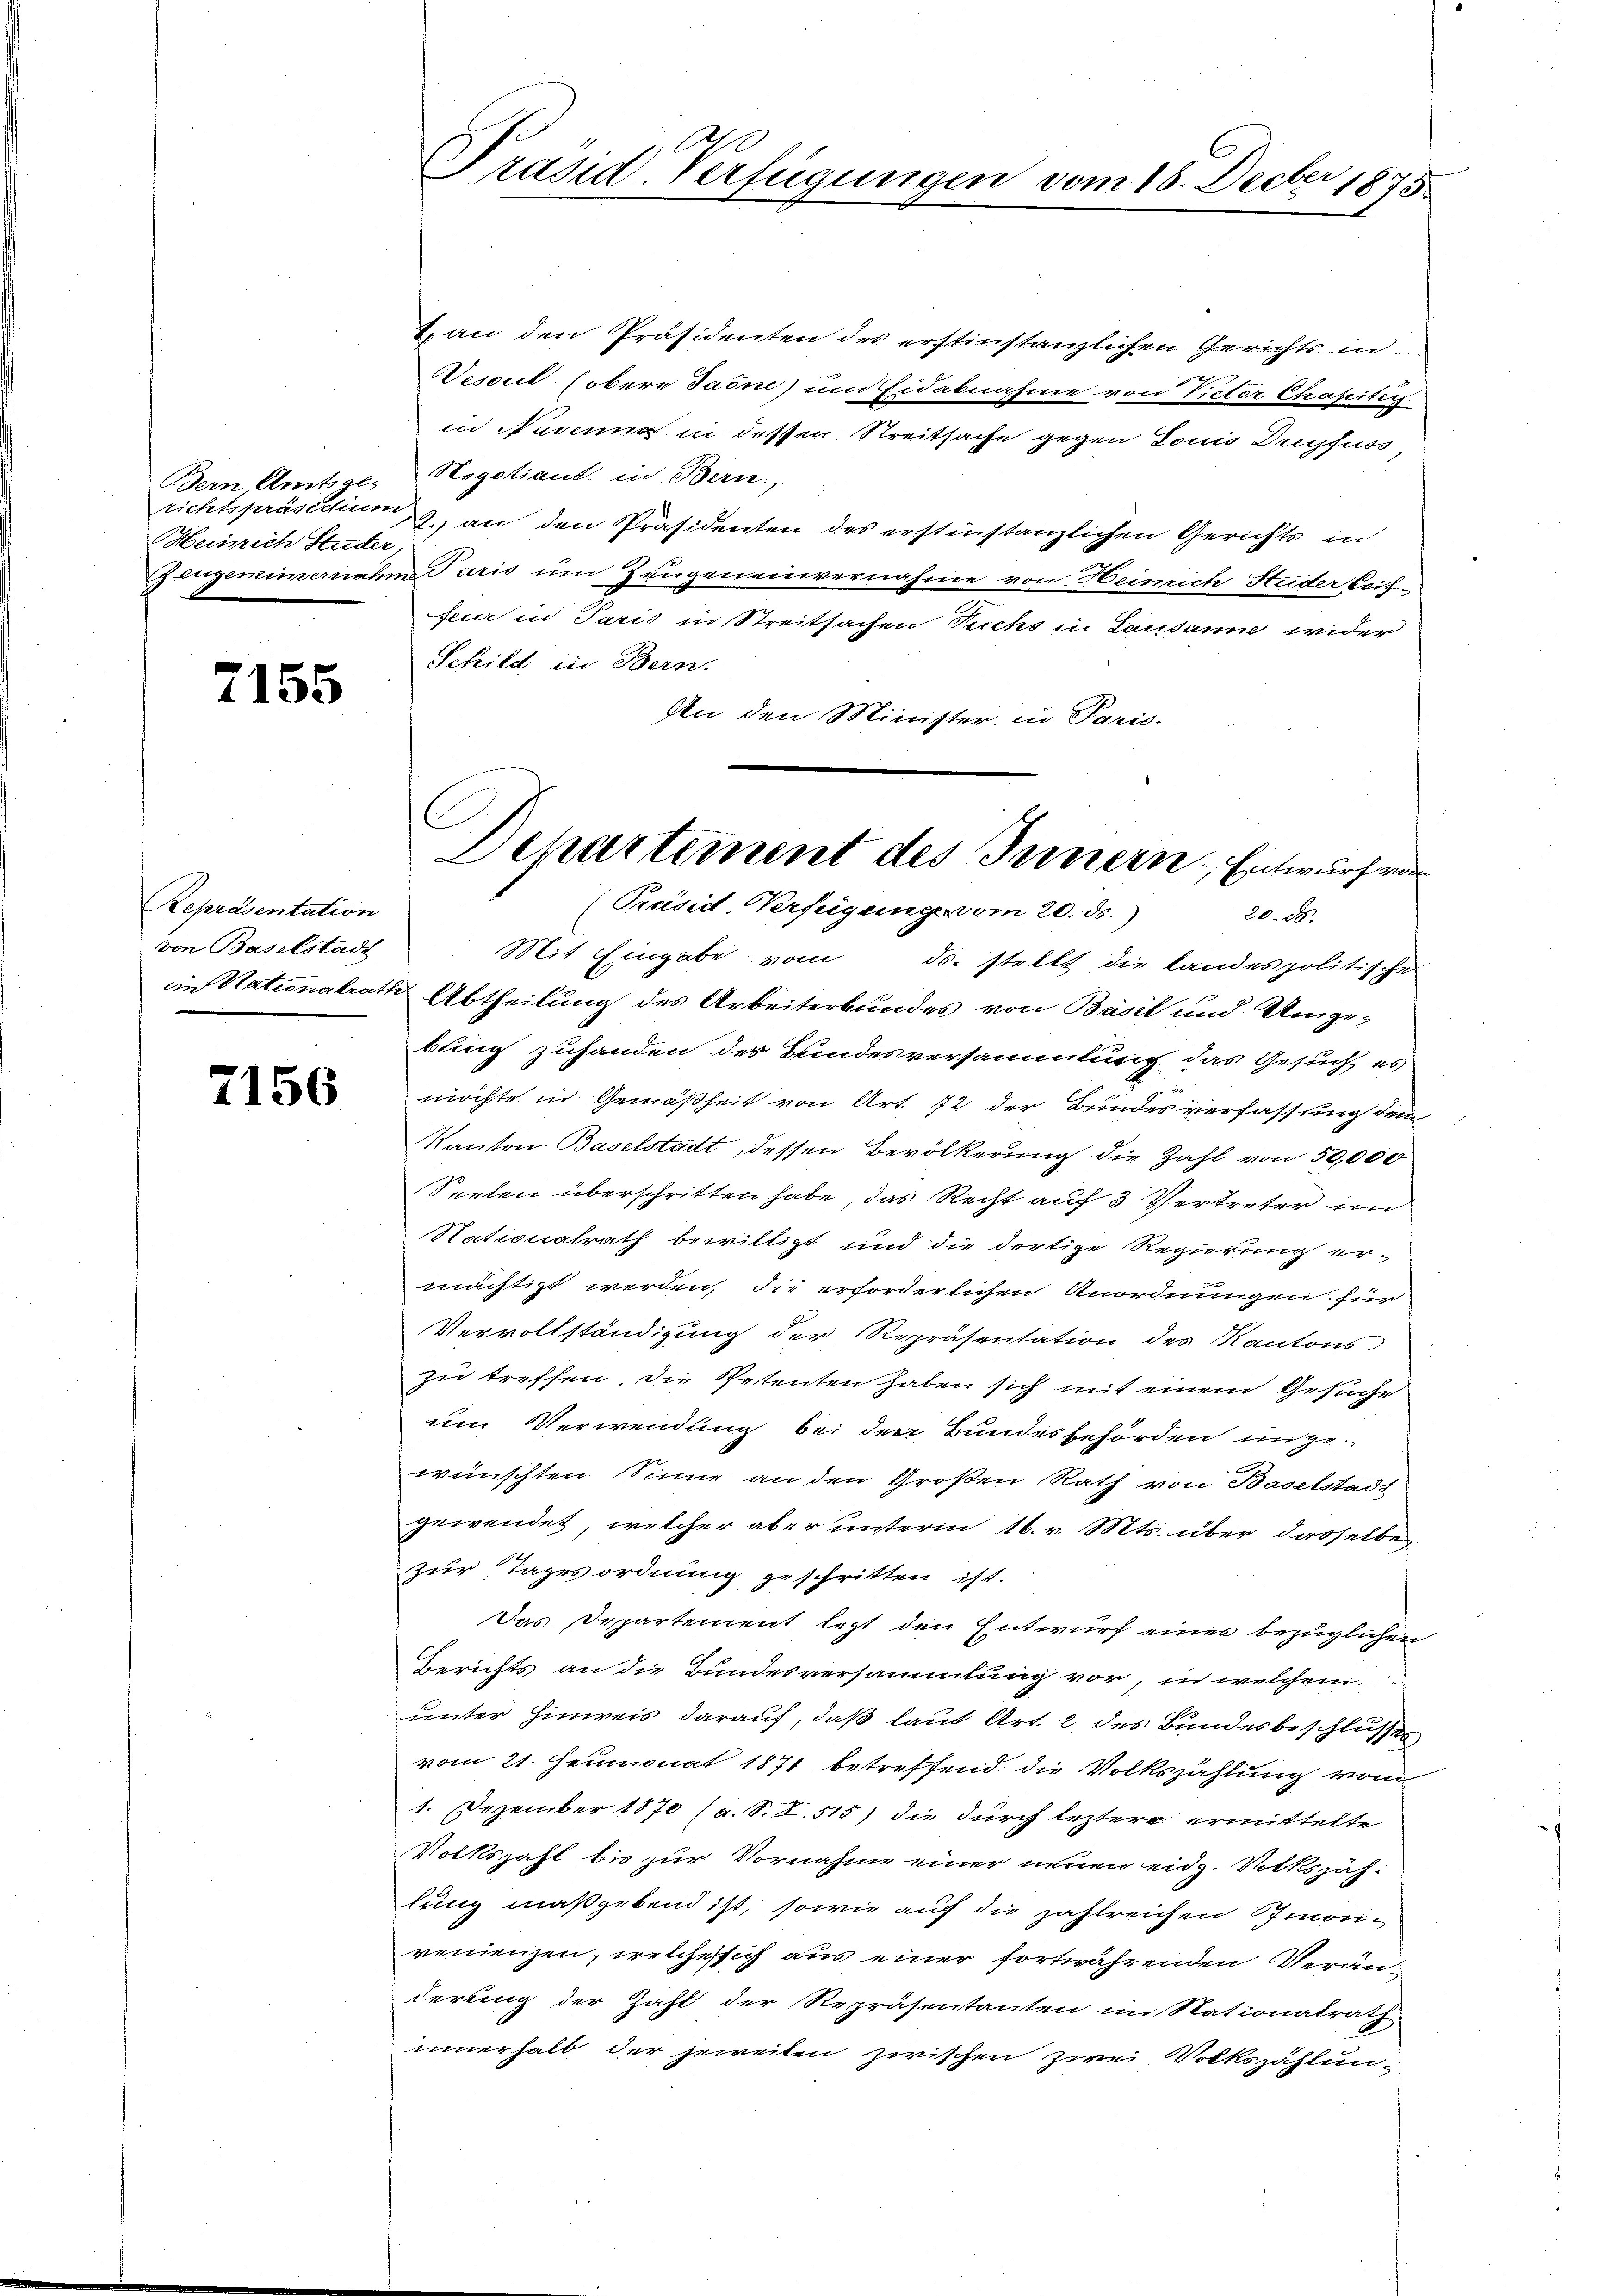
Bern, Amtsge-
richtspräsithum
Meinrich Studer,

7155

Repräsentation
von Baselstadt

7156

Präsid-Verfügungen vom 15. Decber 1875

2. an den Präsidenten des erstinstanzlichen Gerichts in
Vesent (obere Jasni) um Eidabnahme von Victor Chapitig
in Navenne in dessen Streitsache gegen Louis Dreyfuss,
Negotiant in Bern,
2., an den Präsidenten des erstinstanzlichen Gerichts in
ingeneimernahme Turis um Zeugeneinvernahme von Heinrich Huder Coif
feur in Paris in Streitsachen Suchs in Lausanne wider
Schild in Bern.
An den Minister in Paris.
Mit Eingabe vom ds. stellt die landes politischen
im Nationalrath Abtheilung des Arbeiterbundes von Basel und Umgebung zuhanden des Bundesversammlung das Gesuch, es
möchte in Gemäßheit von Art. 72 der Bundesverfassung dem
Kanton Baselstadt, dessen Bevölkerung die Zahl von 50,000
Seelen überschritten habe, das Recht auf 3 Vertreter im
Nationalrath bewilligt und die dortige Regierung er-
mächtigt werden, die erforderlichen Anordnungen für
Vervollständigung der Repräsentation des Kantons
zu treffen, die Petenten haben sich mit einem Gesuche
um Verwendung bei den Bundesbehörden ingewünschten Sinne an den Großen Rath von Baselstadt
gewendet, welcher aber unterm 16. v. Mts. über dasselbe
zur Tagesordnung geschritten ist.
Das Departement lezt den Entwurf eines bezüglichen
Berichts an die Bundesversammlung vor, in welchem
unter Hinweis darauf, daß laut Art. 2 des Bundesbeschlusses
vom 21. Heumonat 1871 betreffend die Volkszählung vom
1. Dezember 1870 (a. S. S. 515) die durch leztere ermittelte
Volkszahl bis zur Vornahme einer neuen eidg. Volkszäh-
lung maßgebend ist, sowie auf die zahlreichen monirennenzen, welches sich aus einer fortwährenden Veränderung der Zahl der Repräsentanten im Stationalrath
innerhalb der jeweiten zwischen zwei Volkszählun¬

Departement des Innern Entwurf vor
[Präsid. Verfügung vom 20. ds.
20. 28.